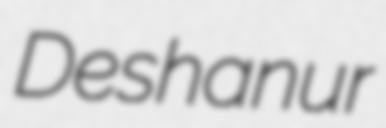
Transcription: Deshanur